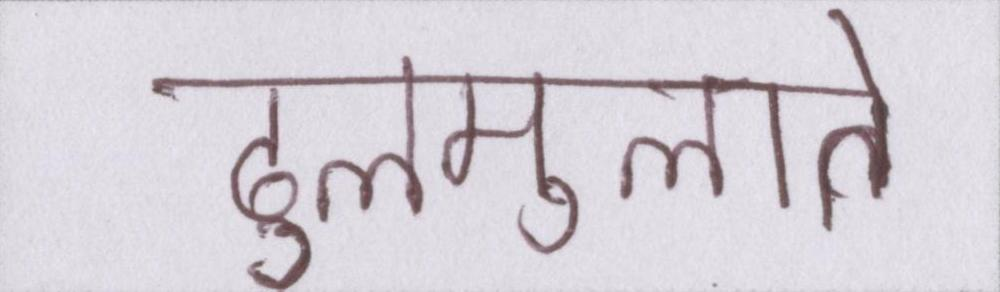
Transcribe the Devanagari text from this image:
ढुलमुलाते